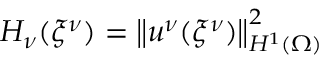
H _ { \nu } ( { \xi ^ { \nu } } ) = \left\lVert u ^ { \nu } ( { \xi ^ { \nu } } ) \right\rVert _ { H ^ { 1 } ( \Omega ) } ^ { 2 }